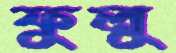
ফুলু